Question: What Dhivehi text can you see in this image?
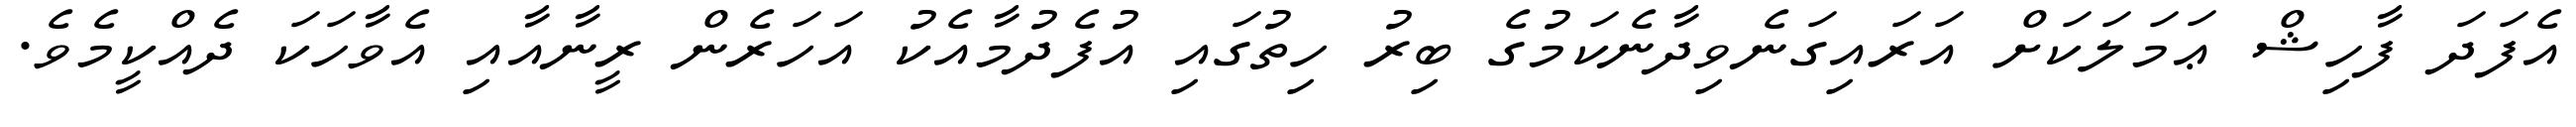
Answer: އެފަދަ ފާހިޝް ޢަމަލަކަށް އަރައިގަނެވިދާނެކަމުގެ ބިރު ހިތުގައި އުފެދުމާއެކު އަހަރެން ރީނާއާއި އެވާހަކަ ދެއްކީމެވެ.